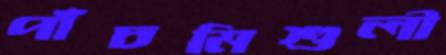
পাঁচমিশুলী